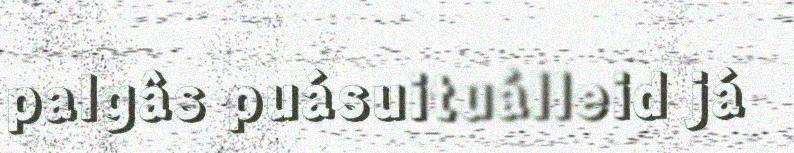
palgâs puásuituálleid já